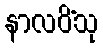
နာလပိံသု